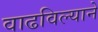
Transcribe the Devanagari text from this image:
वाढविल्याने